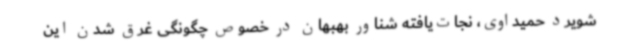
شویرد حمیداوی، نجات‌یافته شناور بهبهان در خصوص چگونگی غرق شدن این